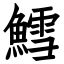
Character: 鱈